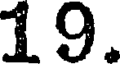
19.